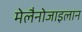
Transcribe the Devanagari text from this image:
मेलैनोजाइलान